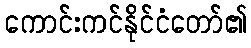
ကောင်းကင်နိုင်ငံတော်၏